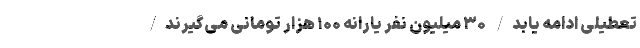
تعطیلی ادامه یابد/ ۳۰ میلیون نفر یارانه ۱۰۰ هزار تومانی می‌گیرند/